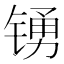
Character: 𲈑